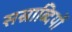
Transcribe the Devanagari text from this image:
सस्राब्दियों